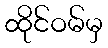
ထိုင်ဝမ်မှ